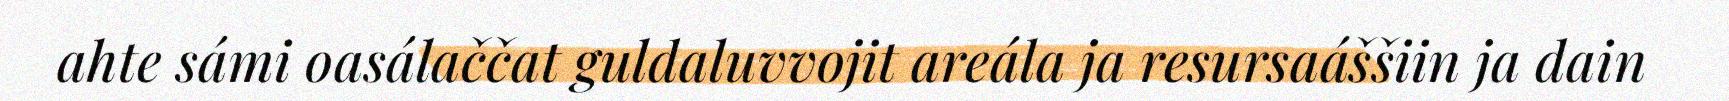
ahte sámi oasálaččat guldaluvvojit areála ja resursaáššiin ja dain